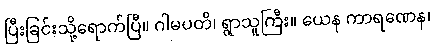
ပြီးခြင်းသို့ရောက်ပြီ။ ဂါမပတိ၊ ရွာသူကြီး။ ယေန ကာရဏေန၊